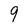
Character: 9